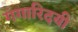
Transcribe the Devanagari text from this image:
गंगारिदयी